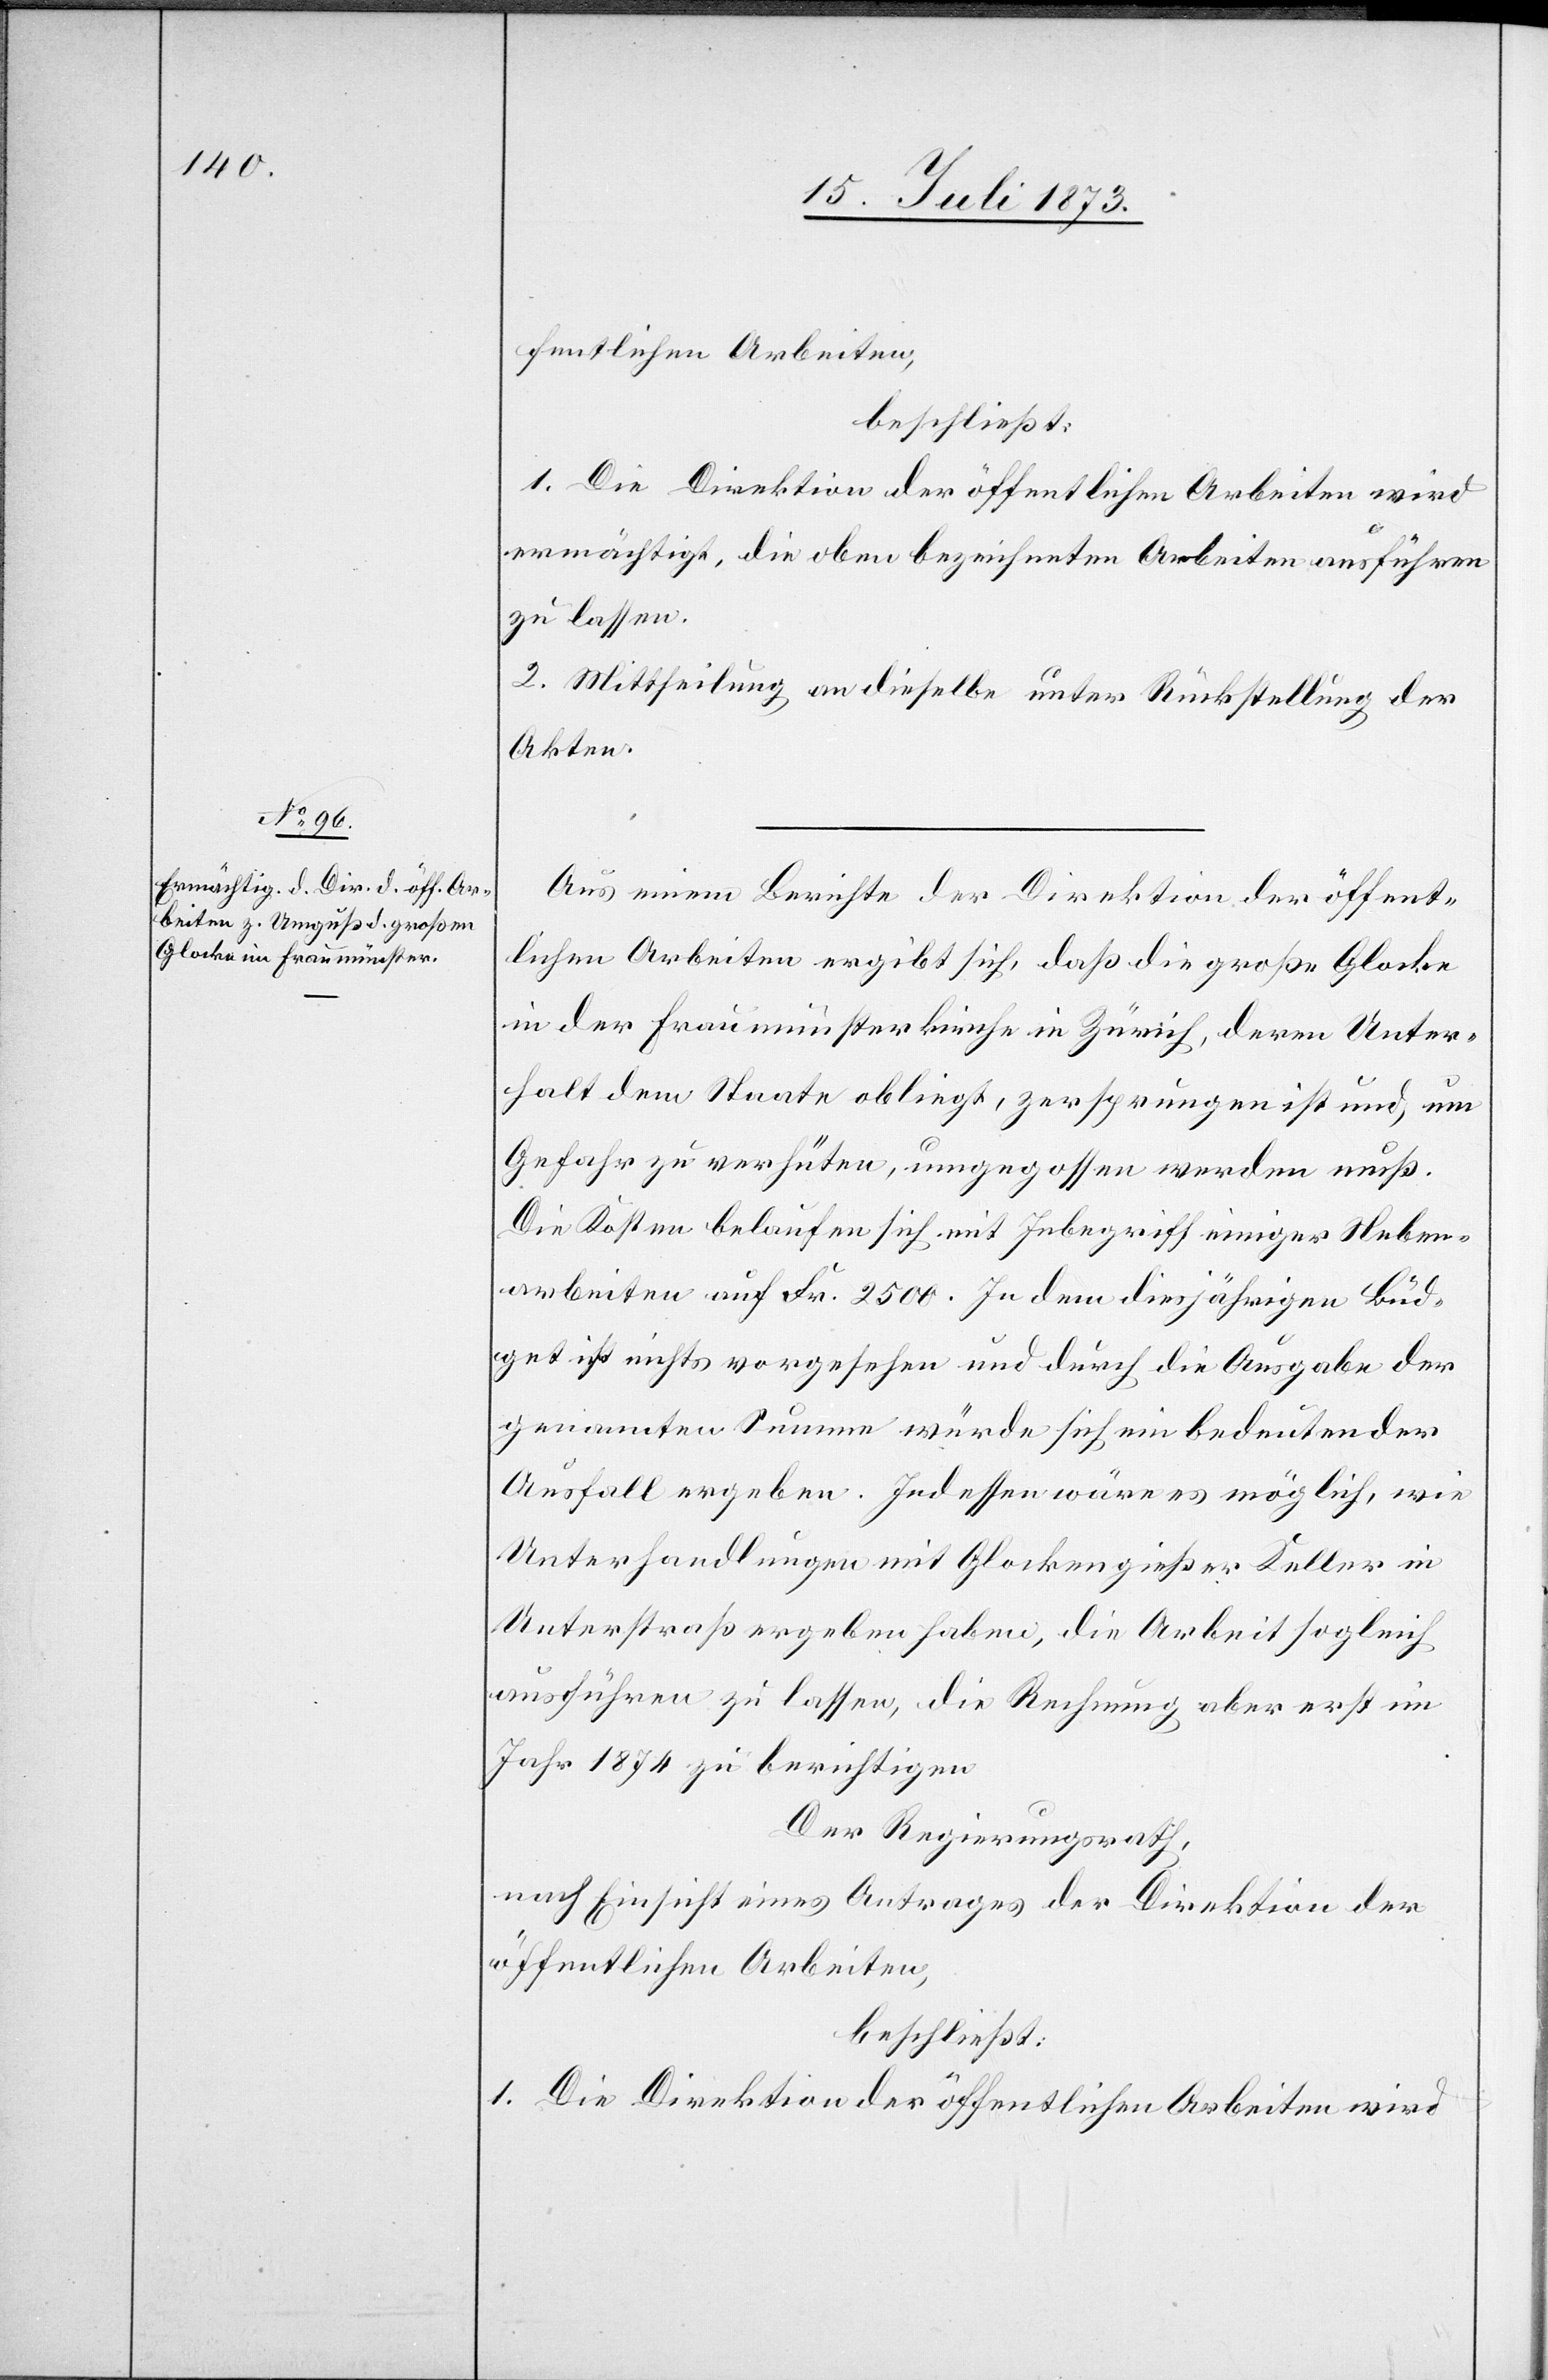
fentlichen Arbeiten
beschließt:
1. Die Direktion der öffentlichen Arbeiten wird
ermächtigt, die oben bezeichneten Arbeiten ausführen
zu lassen.
2. Mittheilung an dieselbe unter Rückstellung der
Akten.
Aus einem Berichte der Direktion der öffent¬
lichen Arbeiten ergibt sich, daß die große Glocke
in der Fraumünsterkirche in Zürich, deren Unter¬
halt dem Staate obliegt, zersprungen ist, und, um
Gefahr zu verhüten, umgegossen werden muß.
Die Kosten belaufen sich mit Inbegriff einiger Neben¬
arbeiten auf Fr. 2 500. In dem diesjährigen Büd¬
get ist nichts vorgesehen und durch die Ausgabe der
genannten Summe würde sich ein bedeutender
Ausfall ergeben. Indessen wäre es möglich, wie
Unterhandlungen mit Glockengießer Keller in
Unterstraß ergeben haben, die Arbeit sogleich
ausführen zu lassen, die Rechnung aber erst im
Jahr 1874 zu berichtigen.
Der Regierungsrath,
nach Einsicht eines Antrages der Direktion der
öffentlichen Arbeiten,
beschließt:
1. Die Direktion der öffentlichen Arbeiten wird